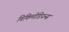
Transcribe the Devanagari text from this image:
विकिमीडियन्स